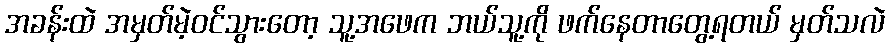
အခန်းထဲ အမှတ်မဲ့ဝင်သွားတော့ သူ့အဖေက ဘယ်သူ့ကို ဖက်နေတာတွေ့ရတယ် မှတ်သလဲ